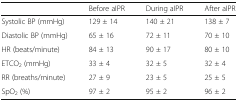
<table><thead><tr><td></td><td><b>Before aIPR</b></td><td><b>During aIPR</b></td><td><b>After aIPR</b></td></tr></thead><tbody><tr><td>Systolic BP (mmHg)</td><td>129 ± 14</td><td>140 ± 21</td><td>138 ± 7</td></tr><tr><td>Diastolic BP (mmHg)</td><td>65 ± 16</td><td>72 ± 11</td><td>70 ± 10</td></tr><tr><td>HR (beats/minute)</td><td>84 ± 13</td><td>90 ± 17</td><td>80 ± 10</td></tr><tr><td>ETCO<sub>2</sub> (mmHg)</td><td>33 ± 4</td><td>32 ± 5</td><td>32 ± 4</td></tr><tr><td>RR (breaths/minute)</td><td>27 ± 9</td><td>23 ± 5</td><td>25 ± 5</td></tr><tr><td>SpO<sub>2</sub> (%)</td><td>97 ± 2</td><td>95 ± 2</td><td>96 ± 2</td></tr></tbody></table>